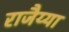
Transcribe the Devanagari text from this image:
राजैय्या